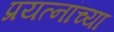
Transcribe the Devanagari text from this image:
प्रयत्नांच्या